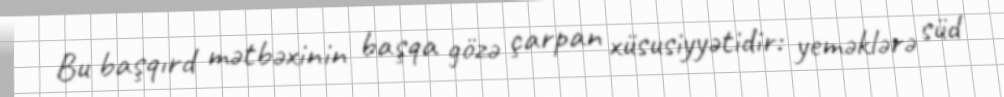
Bu başqırd mətbəxinin başqa gözə çarpan xüsusiyyətidir: yeməklərə süd